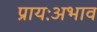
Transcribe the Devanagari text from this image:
प्रायःअभाव